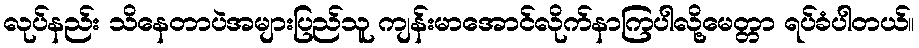
လုပ်နည်း သိနေတာပဲအများပြည်သူ ကျန်းမာအောင်လိုက်နာကြပါလို့မေတ္တာ ရပ်ခံပါတယ်။